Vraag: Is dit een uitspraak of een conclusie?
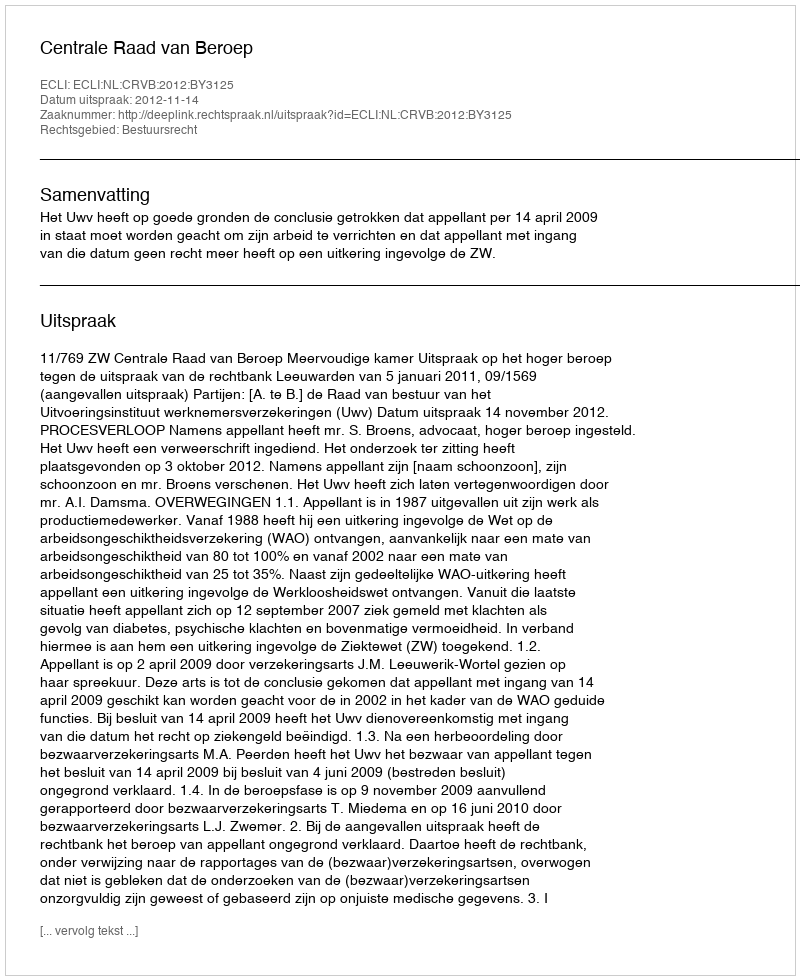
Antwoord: Uitspraak